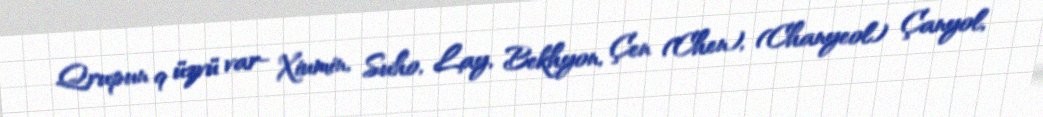
Qrupun 9 üzvü var- Xiumin, Suho, Lay, Bekhyon, Çen (Chen), (Chanyeol) Çanyol,